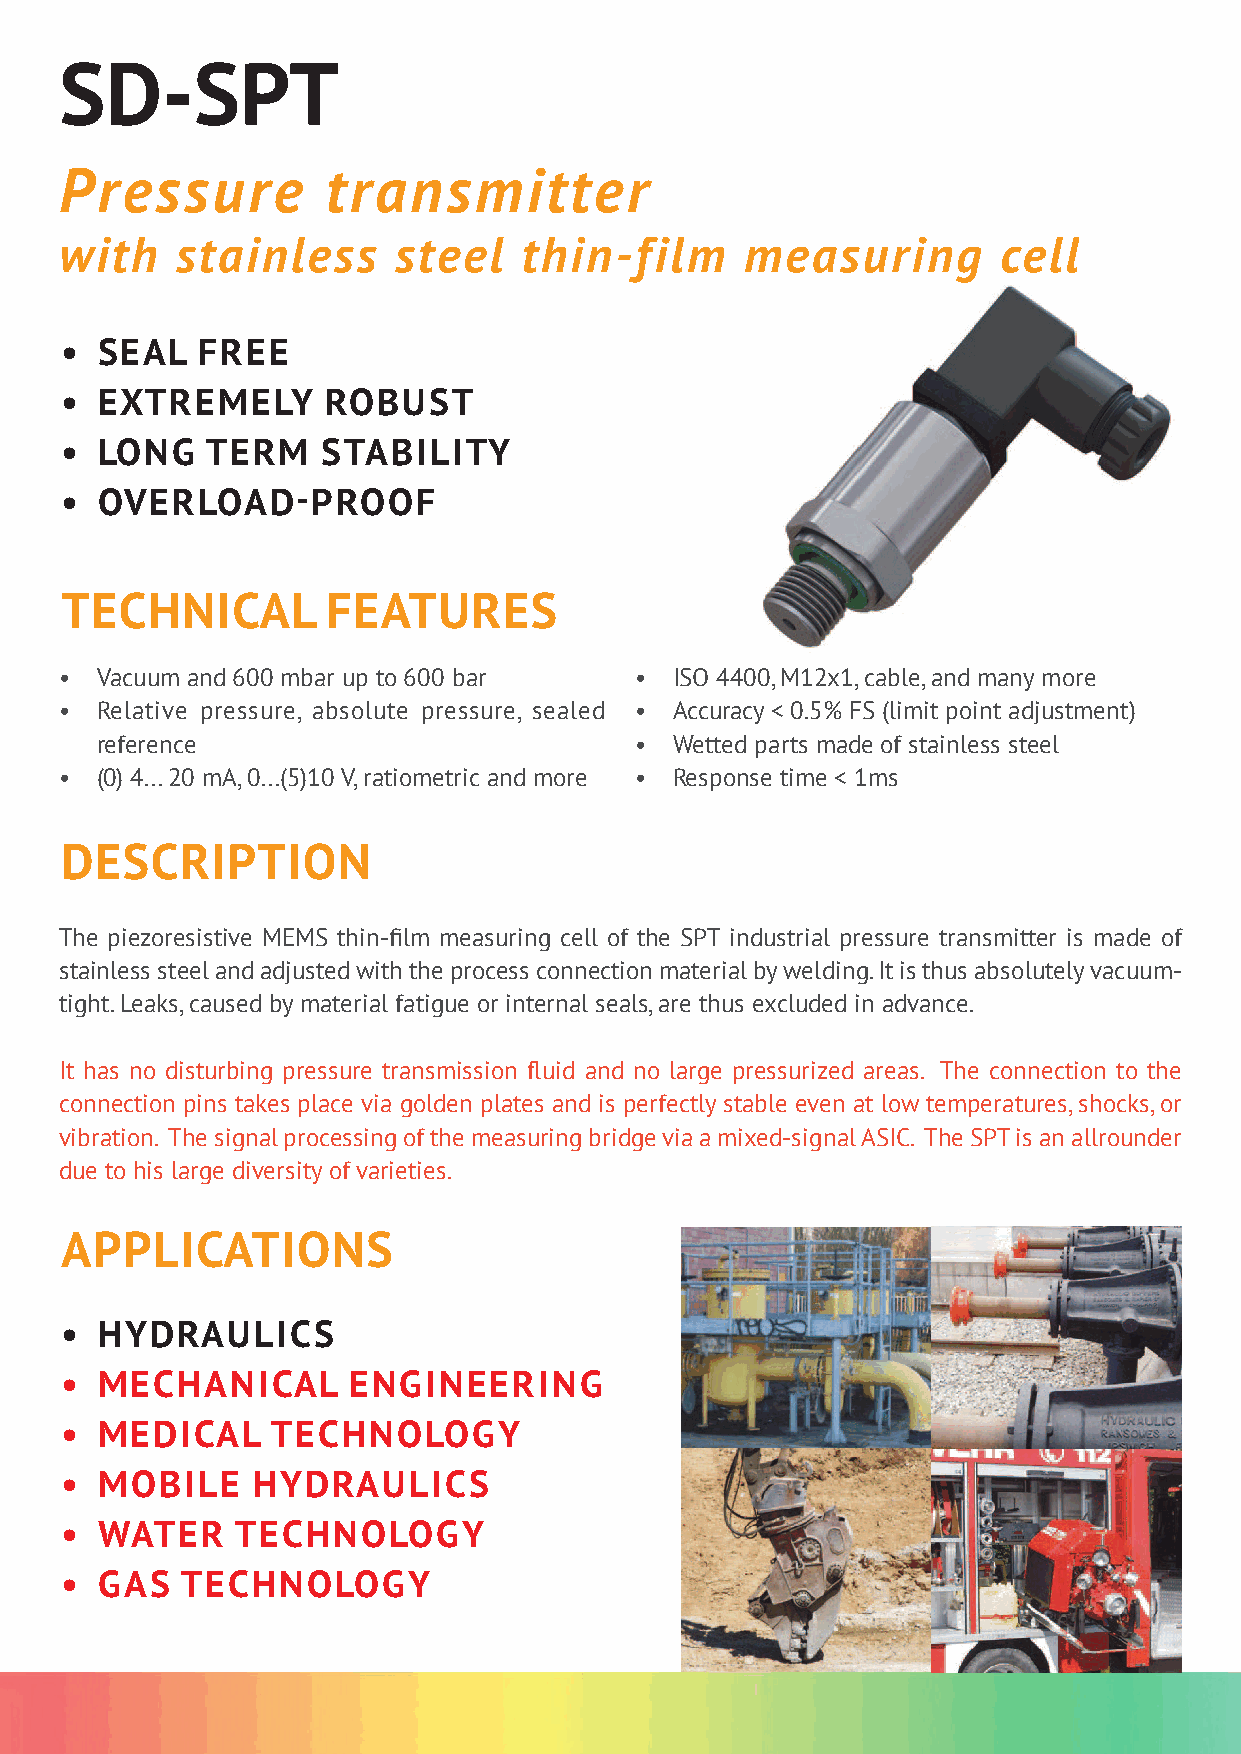
SD-SPT
 Pressure          transmitter
 with    stainless     steel    thin-film     measuring        cell
 • SEAL   FREE
 • EXTREMELY       ROBUST
 • LONG    TERM   STABILITY
 • OVERLOAD-PROOF
 TECHNICAL         FEATURES
 • Vacuum and 600 mbar up to 600 bar   •  ISO 4400, M12x1, cable, and many more
 • Relative pressure, absolute pressure, sealed • Accuracy < 0.5% FS (limit point adjustment)
 reference                           •  Wetted parts made of stainless steel
 • (0) 4... 20 mA, 0...(5)10 V, ratiometric and more • Response time < 1ms
 DESCRIPTION
 The piezoresistive MEMS thin-film measuring cell of the SPT industrial pressure transmitter is made of
 stainless steel and adjusted with the process connection material by welding. It is thus absolutely vacuum-
 tight. Leaks, caused by material fatigue or internal seals, are thus excluded in advance.
 It has no disturbing pressure transmission fluid and no large pressurized areas. The connection to the
 connection pins takes place via golden plates and is perfectly stable even at low temperatures, shocks, or
 vibration. The signal processing of the measuring bridge via a mixed-signal ASIC. The SPT is an allrounder
 due to his large diversity of varieties.
 APPLICATIONS
 • HYDRAULICS
 • MECHANICAL       ENGINEERING
 • MEDICAL     TECHNOLOGY
 • MOBILE     HYDRAULICS
 • WATER     TECHNOLOGY
 • GAS   TECHNOLOGY